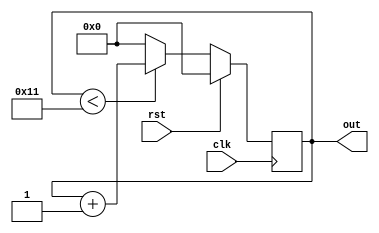
module counter #(parameter MESSAGE_LENGTH = 8) (input clk,      
                input rst,               
                output reg[$clog2(MESSAGE_LENGTH*2+1):0] out );     

    always @ (posedge clk) begin  
        if (rst == 1)   
            out <= 0;  
        else if (out < MESSAGE_LENGTH*2+1)
            out <= out + 1;
        else
            out <= 0;
    end  
endmodule